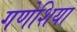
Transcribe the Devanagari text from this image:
गणेशिया